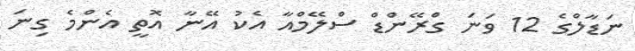
ނަޑާލްގެ 12 ވަނަ ގްރޭންޑް ސްލޭމްއާ އެކު އޭނާ އޮތީ އެންމެ ގިނަ